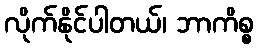
လိုက်နိုင်ပါတယ်၊ ဘာကိစ္စ